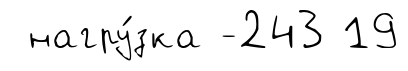
нагру́зка -243 19